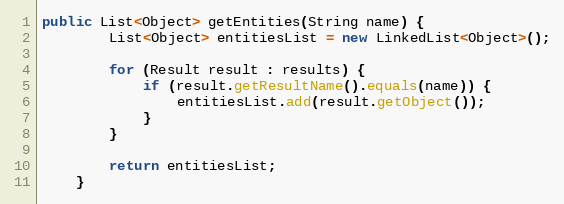
Language: Java
public List<Object> getEntities(String name) {
		List<Object> entitiesList = new LinkedList<Object>();

		for (Result result : results) {
			if (result.getResultName().equals(name)) {
				entitiesList.add(result.getObject());
			}
		}

		return entitiesList;
	}